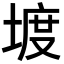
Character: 𡍨